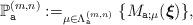
LaTeX: \begin{align*}\mathbb{P}^{(m,n)}_{\texttt{a}}:= _{\mu\in\Lambda^{(m,n)}_{\texttt{a}}} \{ M_{\texttt{a};\mu} (\boldsymbol{\xi}) \} ,\end{align*}